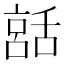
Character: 𦧨